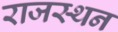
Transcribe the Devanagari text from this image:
राजस्थन